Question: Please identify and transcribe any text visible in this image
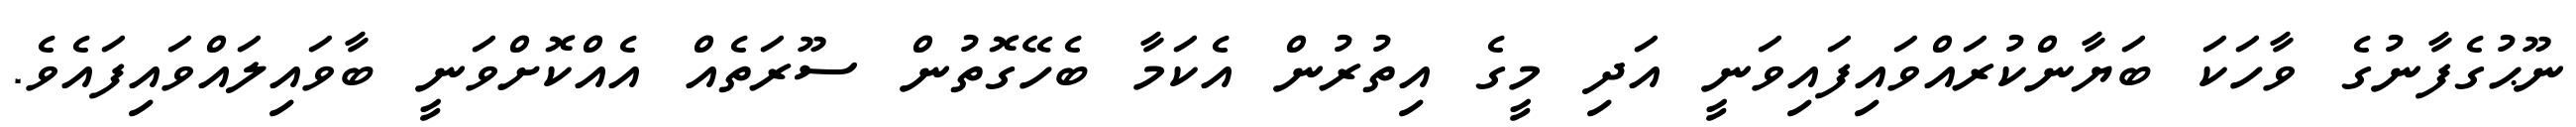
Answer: ނޫޙުގެފާނުގެ ވާހަކަ ބަޔާންކުރައްވައިފައިވަނީ އަދި މީގެ އިތުރުން އެކަމާ ބެހޭގޮތުން ސޫރަތެއް އެއްކޮށްވަނީ ބާވައިލައްވައިފައެވެ.